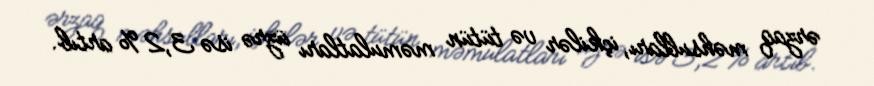
ərzaq məhsulları, içkilər və tütün məmulatları üzrə isə 3,2 % artıb.